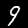
Digit: 9